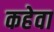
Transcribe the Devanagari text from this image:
कहेवा